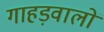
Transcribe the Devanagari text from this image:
गाहड़वालों